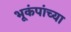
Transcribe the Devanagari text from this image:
भूकंपांच्या